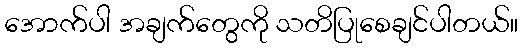
အောက်ပါ အချက်တွေကို သတိပြုစေချင်ပါတယ်။